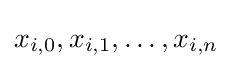
x_{i,0},x_{i,1},\ldots ,x_{i,n}